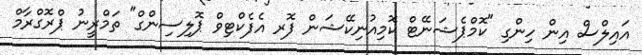
އައިލްސް އިން ހިންގި "ކޮމްޕެޝަނޭޓް ކޮމިއުނިކޭޝަން ފޮރ އެފެކްޓިވް ޕޮލިސިންގް" ތަމްރީނު ޕްރޮގްރާމް